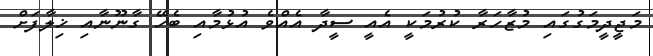
މަޖީދީމަގުގައި މުޒާހަރާ ކުރުމަކީ އެއީ ސީދާ އެއްވެ އުޅުމާއި ބެހޭ ގާނޫނާއި ޚިލާފަށް